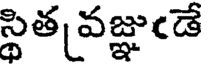
స్థిత వజ్ఞుఁడే